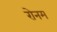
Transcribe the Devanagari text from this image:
रोनम